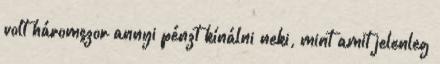
volt háromszor annyi pénzt kínálni neki, mint amit jelenleg